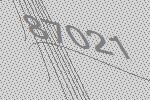
87021